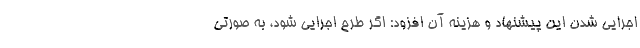
اجرایی شدن این پیشنهاد و هزینه‌ آن افزود: اگر طرح اجرایی شود، به صورتی